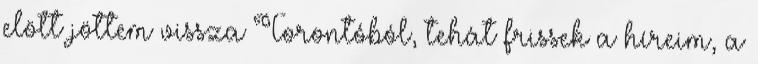
elött jöttem vissza Torontóból, tehát frissek a híreim, a